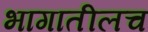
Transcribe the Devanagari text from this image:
भागातीलच